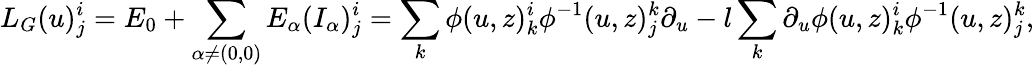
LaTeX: L_{G}(u)_{j}^{i}=E_{0}+\sum_{\alpha\neq(0,0)}E_{\alpha}(I_{\alpha})_{j}^{i}=\sum_{k}\phi(u,z)_{k}^{i}\phi^{-1}(u,z)_{j}^{k}\partial_{u}-l\sum_{k}\partial_{u}\phi(u,z)_{k}^{i}\phi^{-1}(u,z)_{j}^{k},